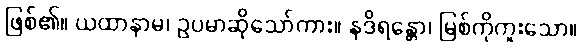
ဖြစ်၏။ ယထာနာမ၊ ဥပမာဆိုသော်ကား။ နဒိရန္တော၊ မြစ်ကိုကူးသော။